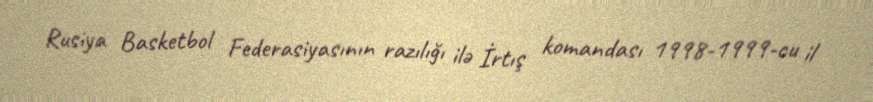
Rusiya Basketbol Federasiyasının razılığı ilə İrtış komandası 1998-1999-cu il